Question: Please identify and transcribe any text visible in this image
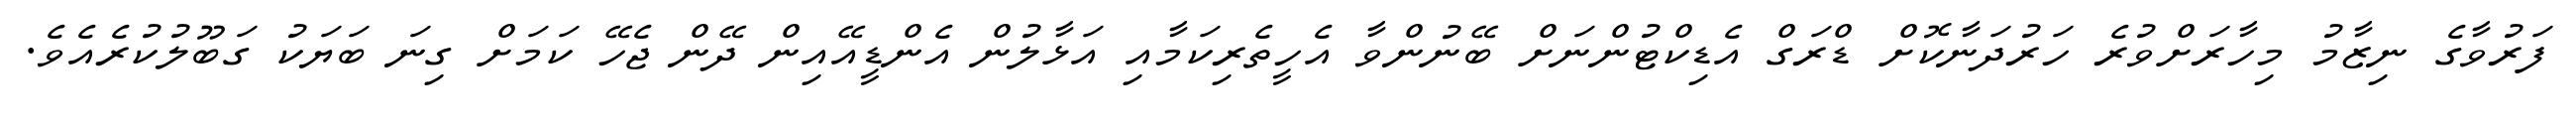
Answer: ފަރުވާގެ ނިޒާމު މިހާރަށްވުރެ ހަރުދަނާކޮށް ޑްރަގް އެޑިކްޓުންނަށް ބޭނުންވާ އެހީތެރިކަމާއި އަޅާލުން އެންޑީއޭއިން ދޭން ޖެހޭ ކަމަށް ގިނަ ބަޔަކު ގަބޫލުކުރެއެވެ.